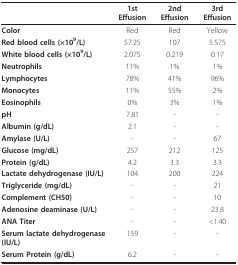
<table><thead><tr><td></td><td><b>1st Effusion</b></td><td><b>2nd Effusion</b></td><td><b>3rd Effusion</b></td></tr></thead><tbody><tr><td><b>Color</b></td><td>Red</td><td>Red</td><td>Yellow</td></tr><tr><td><b>Red blood cells (×10<sup>9</sup>/L)</b></td><td>57.25</td><td>107</td><td>5.575</td></tr><tr><td><b>White blood cells (×10<sup>9</sup>/L)</b></td><td>2.075</td><td>0.219</td><td>0.17</td></tr><tr><td><b>Neutrophils</b></td><td>11%</td><td>1%</td><td>1%</td></tr><tr><td><b>Lymphocytes</b></td><td>78%</td><td>41%</td><td>96%</td></tr><tr><td><b>Monocytes</b></td><td>11%</td><td>55%</td><td>2%</td></tr><tr><td><b>Eosinophils</b></td><td>0%</td><td>3%</td><td>1%</td></tr><tr><td><b>pH</b></td><td>7.81</td><td>-</td><td>-</td></tr><tr><td><b>Albumin (g/dL)</b></td><td>2.1</td><td>-</td><td>-</td></tr><tr><td><b>Amylase (U/L)</b></td><td>-</td><td>-</td><td>67</td></tr><tr><td><b>Glucose (mg/dL)</b></td><td>257</td><td>212</td><td>125</td></tr><tr><td><b>Protein (g/dL)</b></td><td>4.2</td><td>3.3</td><td>3.3</td></tr><tr><td><b>Lactate dehydrogenase (IU/L)</b></td><td>104</td><td>200</td><td>224</td></tr><tr><td><b>Triglyceride (mg/dL)</b></td><td>-</td><td>-</td><td>21</td></tr><tr><td><b>Complement (CH50)</b></td><td>-</td><td>-</td><td>10</td></tr><tr><td><b>Adenosine deaminase (U/L)</b></td><td>-</td><td>-</td><td>23.8</td></tr><tr><td><b>ANA Titer</b></td><td>-</td><td>-</td><td>&lt;1:40</td></tr><tr><td><b>Serum lactate dehydrogenase (IU/L)</b></td><td>159</td><td>-</td><td>-</td></tr><tr><td><b>Serum Protein (g/dL)</b></td><td>6.2</td><td>-</td><td>-</td></tr></tbody></table>